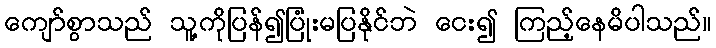
ကျော်စွာသည် သူ့ကိုပြန်၍ပြုံးမပြနိုင်ဘဲ ငေး၍ ကြည့်နေမိပါသည်။